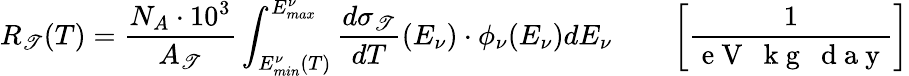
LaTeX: R_{\mathscr{T}}(T)=\frac{{N_{A}\cdot10^{3}}}{{A_{\mathscr{T}}}}\int_{E_{min}^{\nu}(T)}^{E_{max}^{\nu}}\frac{{d\sigma_{\mathscr{T}}}}{{dT}}(E_{\nu})\cdot\phi_{\nu}(E_{\nu})dE_{\nu}\qquad\left[\frac{{1}}{{\mathrm{{~e~V~~~k~g~~~d~a~y~}}}}\right]